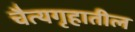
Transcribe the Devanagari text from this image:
चैत्यगृहातील